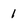
Character: 1